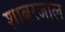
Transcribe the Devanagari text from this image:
शाबरजाल